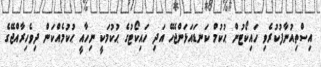
އިސްތިއުނާފުކުރެވި ހައިކޯޓުން ޙުކުމް ކަނޑައަޅަންޖެހޭ އަދި ހައިކޯޓުގެ ޙުކުމަކީ ނިހާއީ ޙުކުމެއްކަން ދިވެހިރާއްޖޭގެ